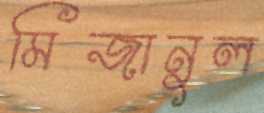
মিজানুল